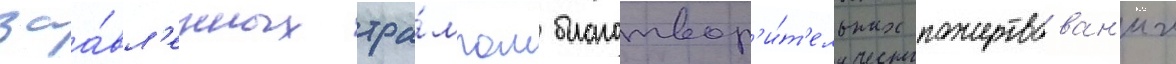
заа́вл'енных тра́мпом благотвор'и́т'ельных пожертвован'ии